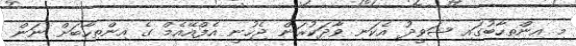
މި އިންތިހާބުގައި ޝަވީދު އެކަނި ވާދަކުރަން ޖެހުނީ އެފްއޭއެމް ގެ އިންތިހާބަށް ނަން